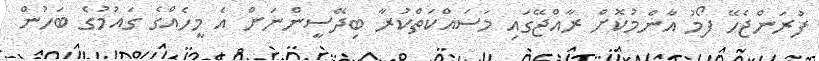
ފުރަންޖެހޭ ފޯމު އާންމުކޮށް ރާއްޖޭގައި މަސައްކަތްކުރާ ބިދޭސީންނަށް އެ މީހެއްގެ ގައުމުގެ ބަހުން